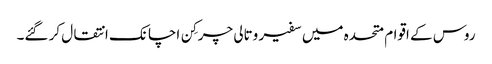
روس کے اقوام متحدہ میں سفیر وتالی چرکِن اچانک انتقال کر گئے۔